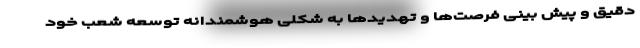
دقیق و پیش بینی فرصت‌ها و تهدید‌ها به شکلی هوشمندانه توسعه شعب خود